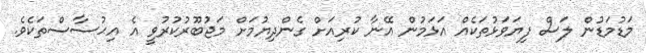
މަޑުމަޑުން ލަސް ފިޔަވަޅުތަކެއް އަޅަމުން އޭނާ ކުރިއަށް ގެންދިޔުމަށް މަޖުބޫރުކުރުވީ އެ އިޙުސާސްތަކެވެ.